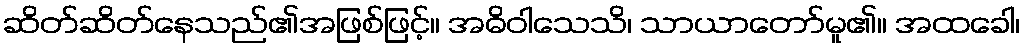
ဆိတ်ဆိတ်နေသည်၏အဖြစ်ဖြင့်။ အဓိဝါသေသိ၊ သာယာတော်မူ၏။ အထခေါ၊